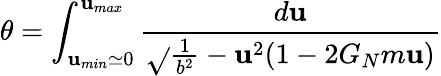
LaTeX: \theta=\int_{\mathbf{u}_{min}\simeq0}^{\mathbf{u}_{max}}{\frac{{d\mathbf{u}}}{{\sqrt{}{{{\frac{{1}}{{b^{2}}}}-\mathbf{u}^{2}(1-2G_{N}m\mathbf{u})}}}}}